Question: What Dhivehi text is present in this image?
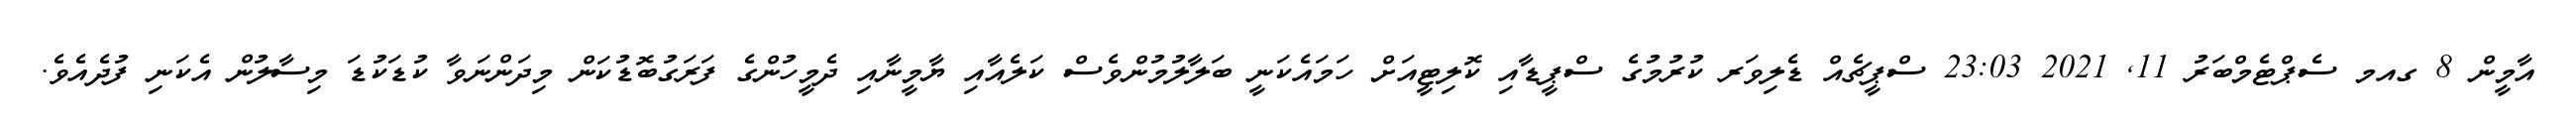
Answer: އާމީން 8 ގއމ ސެޕްޓެމްބަރު 11, 2021 23:03 ސްޕީޗެއް ޑެލިވަރ ކުރުމުގެ ސްޕީޑާއި ކޮލިޓީއަށް ހަމައެކަނީ ބަލާލުމުންވެސް ކަލެއާއި ޔާމީނާއި ދެމީހުންގެ ފަރަގުބޮޑުކަން މިދަންނަވާ ކުޑަކުޑަ މިސާލުން އެކަނި ފުދެއެވެ.